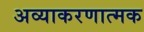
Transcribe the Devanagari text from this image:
अव्याकरणात्मक